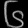
Digit: ၆